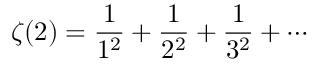
\zeta ( 2 ) = { \frac { 1 } { 1 ^ { 2 } } } + { \frac { 1 } { 2 ^ { 2 } } } + { \frac { 1 } { 3 ^ { 2 } } } + \cdots